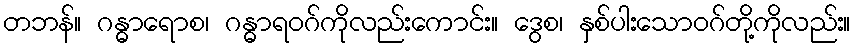
တဘန်။ ဂန္ဓာရောစ၊ ဂန္ဓာရဝဂ်ကိုလည်းကောင်း။ ဒွေစ၊ နှစ်ပါးသောဝဂ်တို့ကိုလည်း။